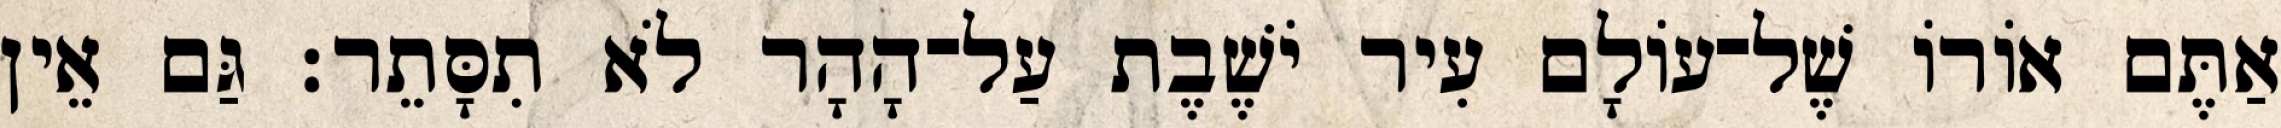
אַתֶּם אוֹרוֹ שֶׁל־עוֹלָם עִיר יֹשֶׁבֶת עַל־הָהָר לֹא תִסָּתֵר׃ גַּם אֵין